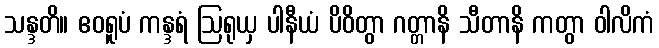
သန္ဒတိ။ ဧဝရူပံ ကန္ဒရံ ဩရုယှ ပါနီယံ ပိဝိတွာ ဂတ္တာနိ သီတာနိ ကတွာ ဝါလိကံ